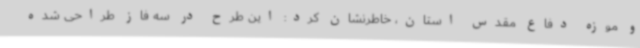
و موزه دفاع مقدس استان، خاطرنشان کرد: این طرح در سه فاز طراحی شده